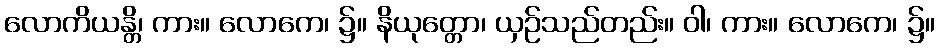
လောကိယန္တိ၊ ကား။ လောကေ၊ ၌။ နိယုတ္တော၊ ယှဉ်သည်တည်း။ ဝါ၊ ကား။ လောကေ၊ ၌။